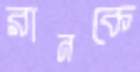
রানকে